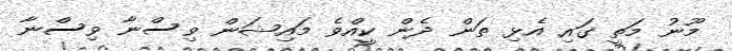
މޫނު މަތީ ގައި އެޅި ތަން ދެން ކީއްވެ މައިޝަން ވިސްނާ ވިސްނާ